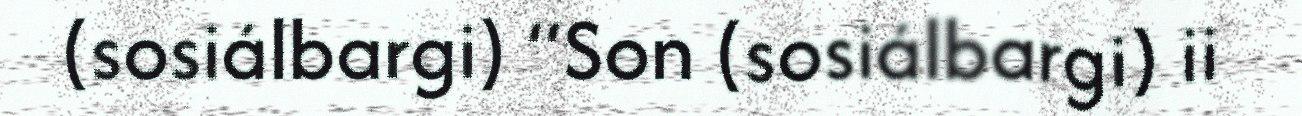
(sosiálbargi) “Son (sosiálbargi) ii